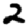
Digit: 2